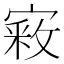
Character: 𫳴